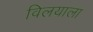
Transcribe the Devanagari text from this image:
विलयाला